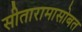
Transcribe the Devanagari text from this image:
सीतारामासोबत